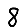
Digit: 8